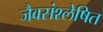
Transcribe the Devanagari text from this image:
जैवसंश्लेषित